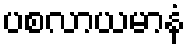
ပစလာယမာနံ